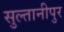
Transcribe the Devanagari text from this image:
सुल्तानीपुर